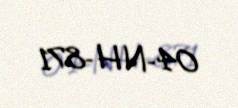
04-NH-871